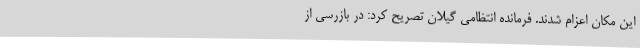
این مکان اعزام شدند. فرمانده انتظامی گیلان تصریح کرد: در بازرسی از